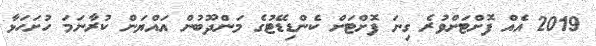
2019 އެއް ފޮށްޓަށްވުރެ ގިނަ ފޮށްޓަށް ކެންޑިޑޭޓުގެ މަންދޫބުން އައްޔަން ކުރާނަމަ ހުށަހަޅާ